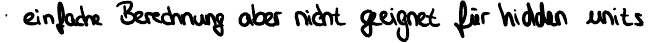
einfache Berechnung aber nicht geeignet für hidden units